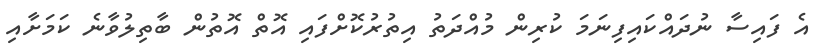
އެ ފައިސާ ނުދައްކައިފިނަމަ ކުރިން މުއްދަތު އިތުރުކޮށްފައި އޮތް އޮތުން ބާތިލުވާނެ ކަމަށާއި